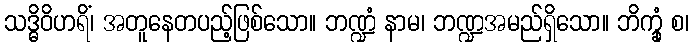
သဒ္ဓိဝိဟရိံ၊ အတူနေတပည့်ဖြစ်သော။ ဘဏ္ဍံ နာမ၊ ဘဏ္ဍအမည်ရှိသော။ ဘိက္ခုံ စ၊